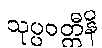
သုပ္ပဝတ္တီနိ